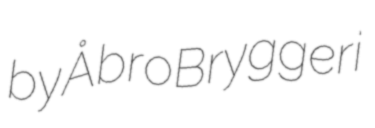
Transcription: by Åbro Bryggeri